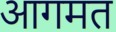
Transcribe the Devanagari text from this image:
आगमत